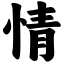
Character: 情